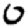
Digit: 0